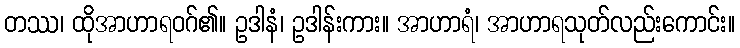
တဿ၊ ထိုအာဟာရဝဂ်၏။ ဥဒါနံ၊ ဥဒါန်းကား။ အာဟာရံ၊ အာဟာရသုတ်လည်းကောင်း။